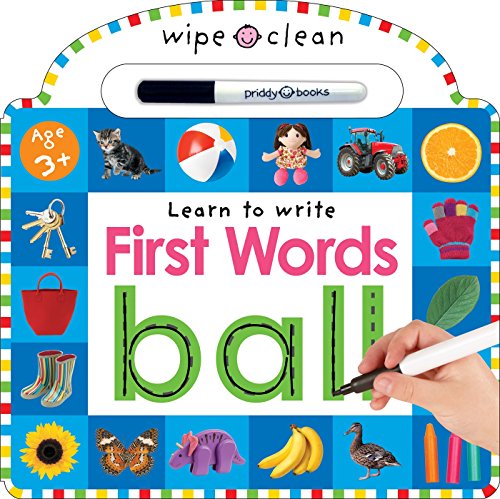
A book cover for Wipe Clean: First Words; Roger Priddy; Children's Books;